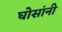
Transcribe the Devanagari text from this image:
घोसांनी